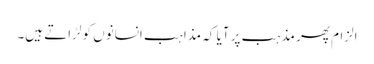
الزام پھر مذہب پر آیا کہ مذاہب انسانوں کو لڑاتے ہیں۔